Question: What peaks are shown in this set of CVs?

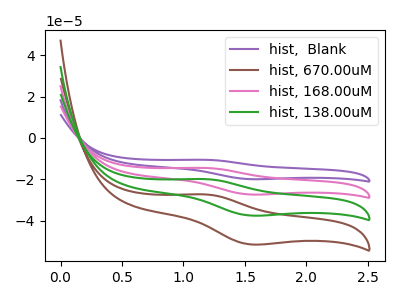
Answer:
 <answer>The purple curve "hist,  Blank" has an anodic peak at (1.20V, -59.85uA) and a cathodic peak at (1.55V, -112.70uA). The brown curve "hist, 670.00uM" has an anodic peak at (1.20V, -27.35uA) and a cathodic peak at (1.55V, -51.50uA). The pink curve "hist, 168.00uM" has an anodic peak at (1.20V, -39.90uA) and a cathodic peak at (1.55V, -75.15uA). The green curve "hist, 138.00uM" has an anodic peak at (1.20V, -19.95uA) and a cathodic peak at (1.55V, -37.55uA).</answer>
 <eval></eval>